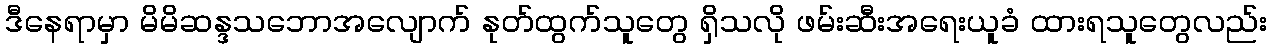
ဒီနေရာမှာ မိမိဆန္ဒသဘောအလျောက် နုတ်ထွက်သူတွေ ရှိသလို ဖမ်းဆီးအရေးယူခံ ထားရသူတွေလည်း